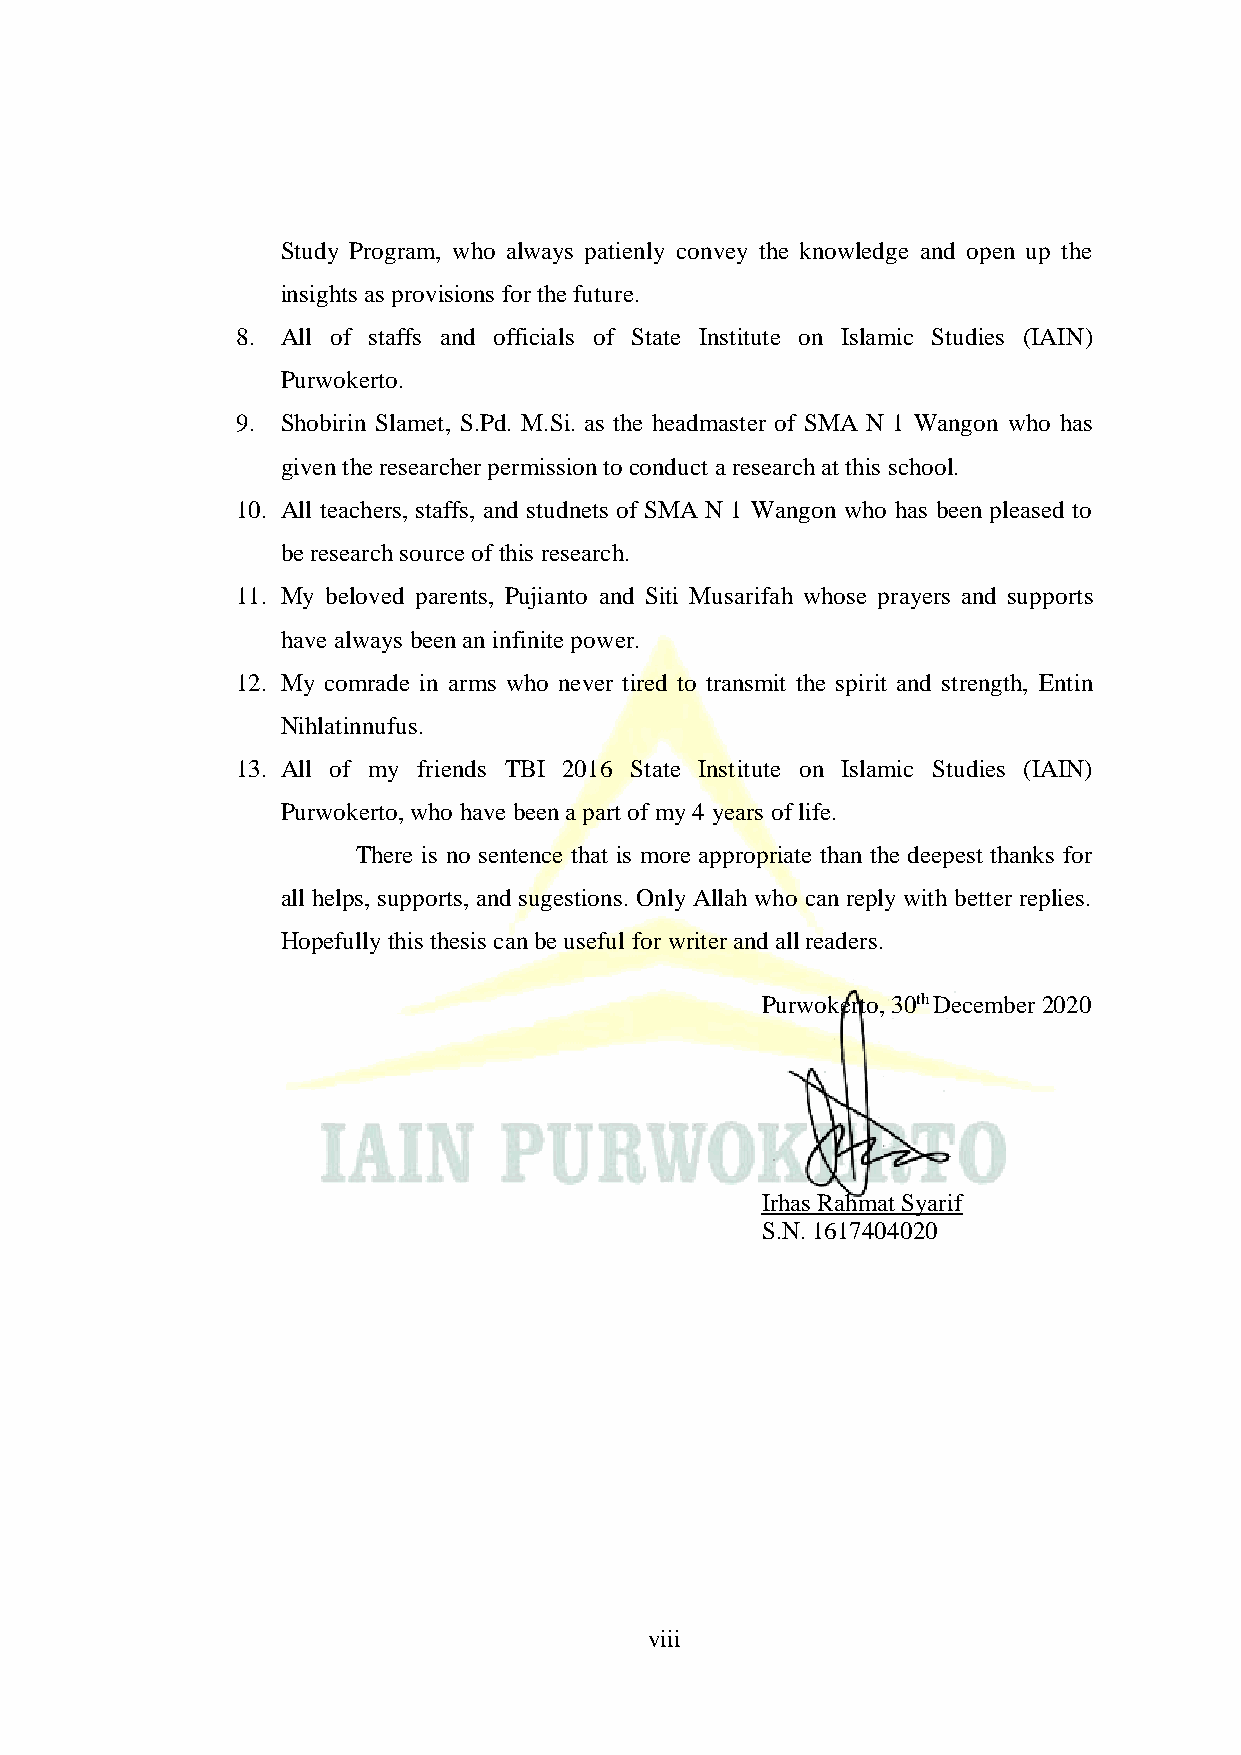
Study Program, who always patienly convey the knowledge and open up the
 insights as provisions for the future.
 8. All of staffs and officials of State Institute on Islamic Studies (IAIN)
 Purwokerto.
 9. Shobirin Slamet, S.Pd. M.Si. as the headmaster of SMA N 1 Wangon who has
 given the researcher permission to conduct a research at this school.
 10. All teachers, staffs, and studnets of SMA N 1 Wangon who has been pleased to
 be research source of this research.
 11. My beloved parents, Pujianto and Siti Musarifah whose prayers and supports
 have always been an infinite power.
 12. My comrade in arms who never tired to transmit the spirit and strength, Entin
 Nihlatinnufus.
 13. All of my friends TBI 2016 State Institute on Islamic Studies (IAIN)
 Purwokerto, who have been a part of my 4 years of life.
 There is no sentence that is more appropriate than the deepest thanks for
 all helps, supports, and sugestions. Only Allah who can reply with better replies.
 Hopefully this thesis can be useful for writer and all readers.
 Purwokerto, 30th December 2020
 Irhas Rahmat Syarif
 S.N. 1617404020
 viii